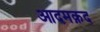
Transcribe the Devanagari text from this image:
आदमक़द